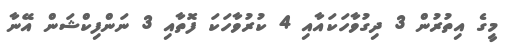
މީގެ އިތުރުން 3 ދިގުވާހަކައާއި 4 ކުރުވާހަކަ ފޮތާއި 3 ނަންފިކްޝަން އޭނާ